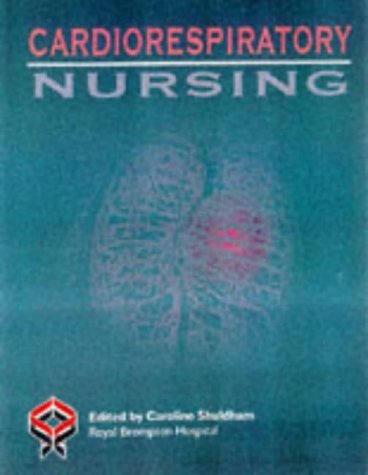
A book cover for Cardiorespiratory; Medical Books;